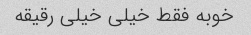
خوبه فقط خیلی خیلی رقیقه